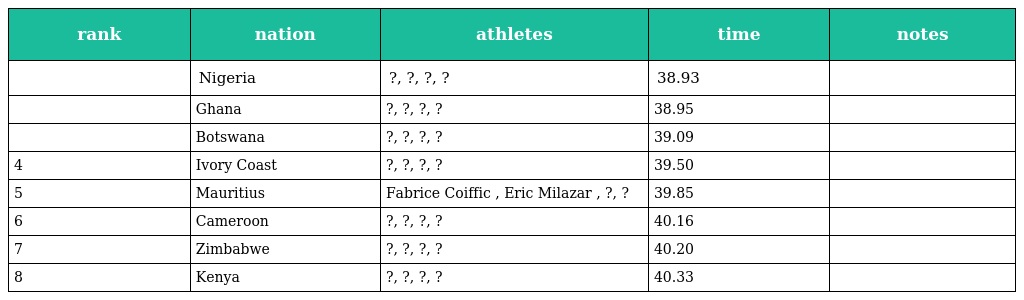
| rank | nation | athletes | time | notes |
 | --- | --- | --- | --- | --- |
 |  | Nigeria | ?, ?, ?, ? | 38.93 |  |
 |  | Ghana | ?, ?, ?, ? | 38.95 |  |
 |  | Botswana | ?, ?, ?, ? | 39.09 |  |
 | 4 | Ivory Coast | ?, ?, ?, ? | 39.50 |  |
 | 5 | Mauritius | Fabrice Coiffic , Eric Milazar , ?, ? | 39.85 |  |
 | 6 | Cameroon | ?, ?, ?, ? | 40.16 |  |
 | 7 | Zimbabwe | ?, ?, ?, ? | 40.20 |  |
 | 8 | Kenya | ?, ?, ?, ? | 40.33 |  |